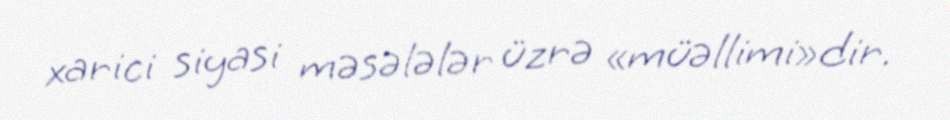
xarici siyasi məsələlər üzrə «müəllimi»dir.